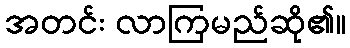
အတင်း လာကြမည်ဆို၏။